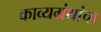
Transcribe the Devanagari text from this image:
काव्यग्रंथांचा